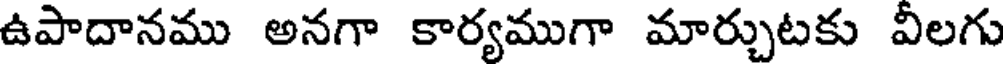
ఉపాదానము అనగా కార్యముగా మార్చుటకు వీలగు